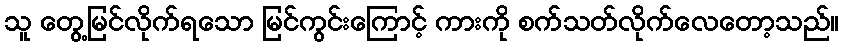
သူ တွေ့မြင်လိုက်ရသော မြင်ကွင်းကြောင့် ကားကို စက်သတ်လိုက်လေတော့သည်။